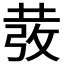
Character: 𭣵